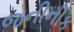
જનીનીક